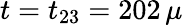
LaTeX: t=t_{23}=202\, \mu